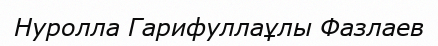
Нуролла Гарифуллаұлы Фазлаев